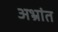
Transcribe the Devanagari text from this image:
अभ्रांत